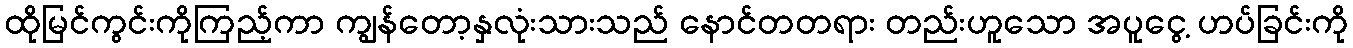
ထိုမြင်ကွင်းကိုကြည့်ကာ ကျွန်တော့နှလုံးသားသည် နောင်တတရား တည်းဟူသော အပူငွေ့ ဟပ်ခြင်းကို